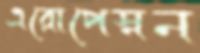
এরোপেস্নন